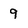
Character: 9